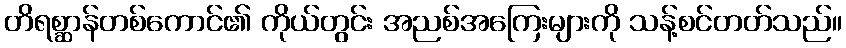
တိရစ္ဆာန်တစ်ကောင်၏ ကိုယ်တွင်း အညစ်အကြေးများကို သန့်စင်တတ်သည်။